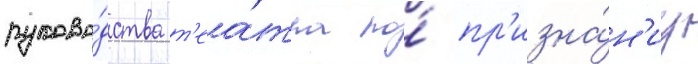
руково́дства т'еа́тра по́ пр'изна́н'иу